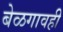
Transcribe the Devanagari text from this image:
बेळगावही